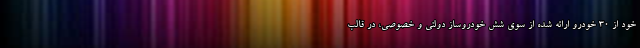
خود از ۳۰ خودرو ارائه شده از سوی شش خودروساز دولتی و خصوصی، در قالب